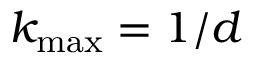
k _ { \mathrm { m a x } } = 1 / d